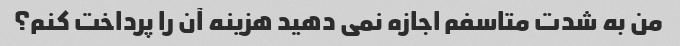
من به شدت متاسفم اجازه نمی دهید هزینه آن را پرداخت کنم؟